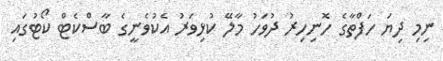
ނިމި ދިޔަ ހަފްތާގެ ހޮނިހިރު ދުވަހު މާލޭ ކުޅިވަރު އެކުވެނީގެ ބާސްކެޓް ކޯޓުގައި